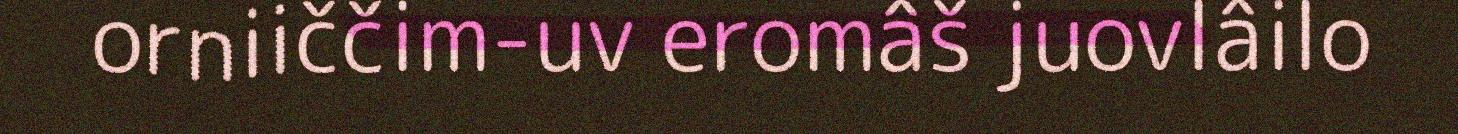
orniiččim-uv eromâš juovlâilo